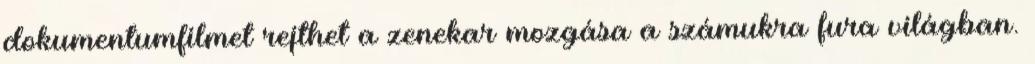
dokumentumfilmet rejthet a zenekar mozgása a számukra fura világban.